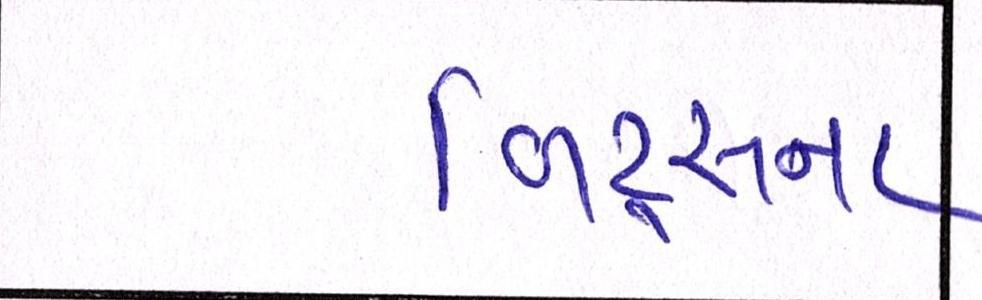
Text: બિટ્સના